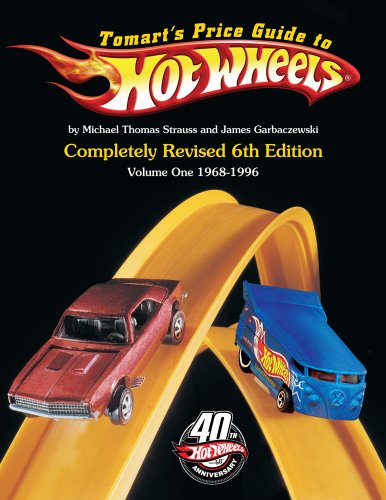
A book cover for Tomart's Price Guide to Hot Wheels: Volume 1: 1968 - 1996; Michael T. Strauss; Humor & Entertainment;